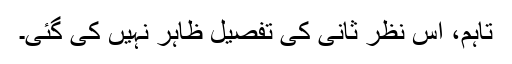
تاہم، اس نظر ثانی کی تفصیل ظاہر نہیں کی گئی۔